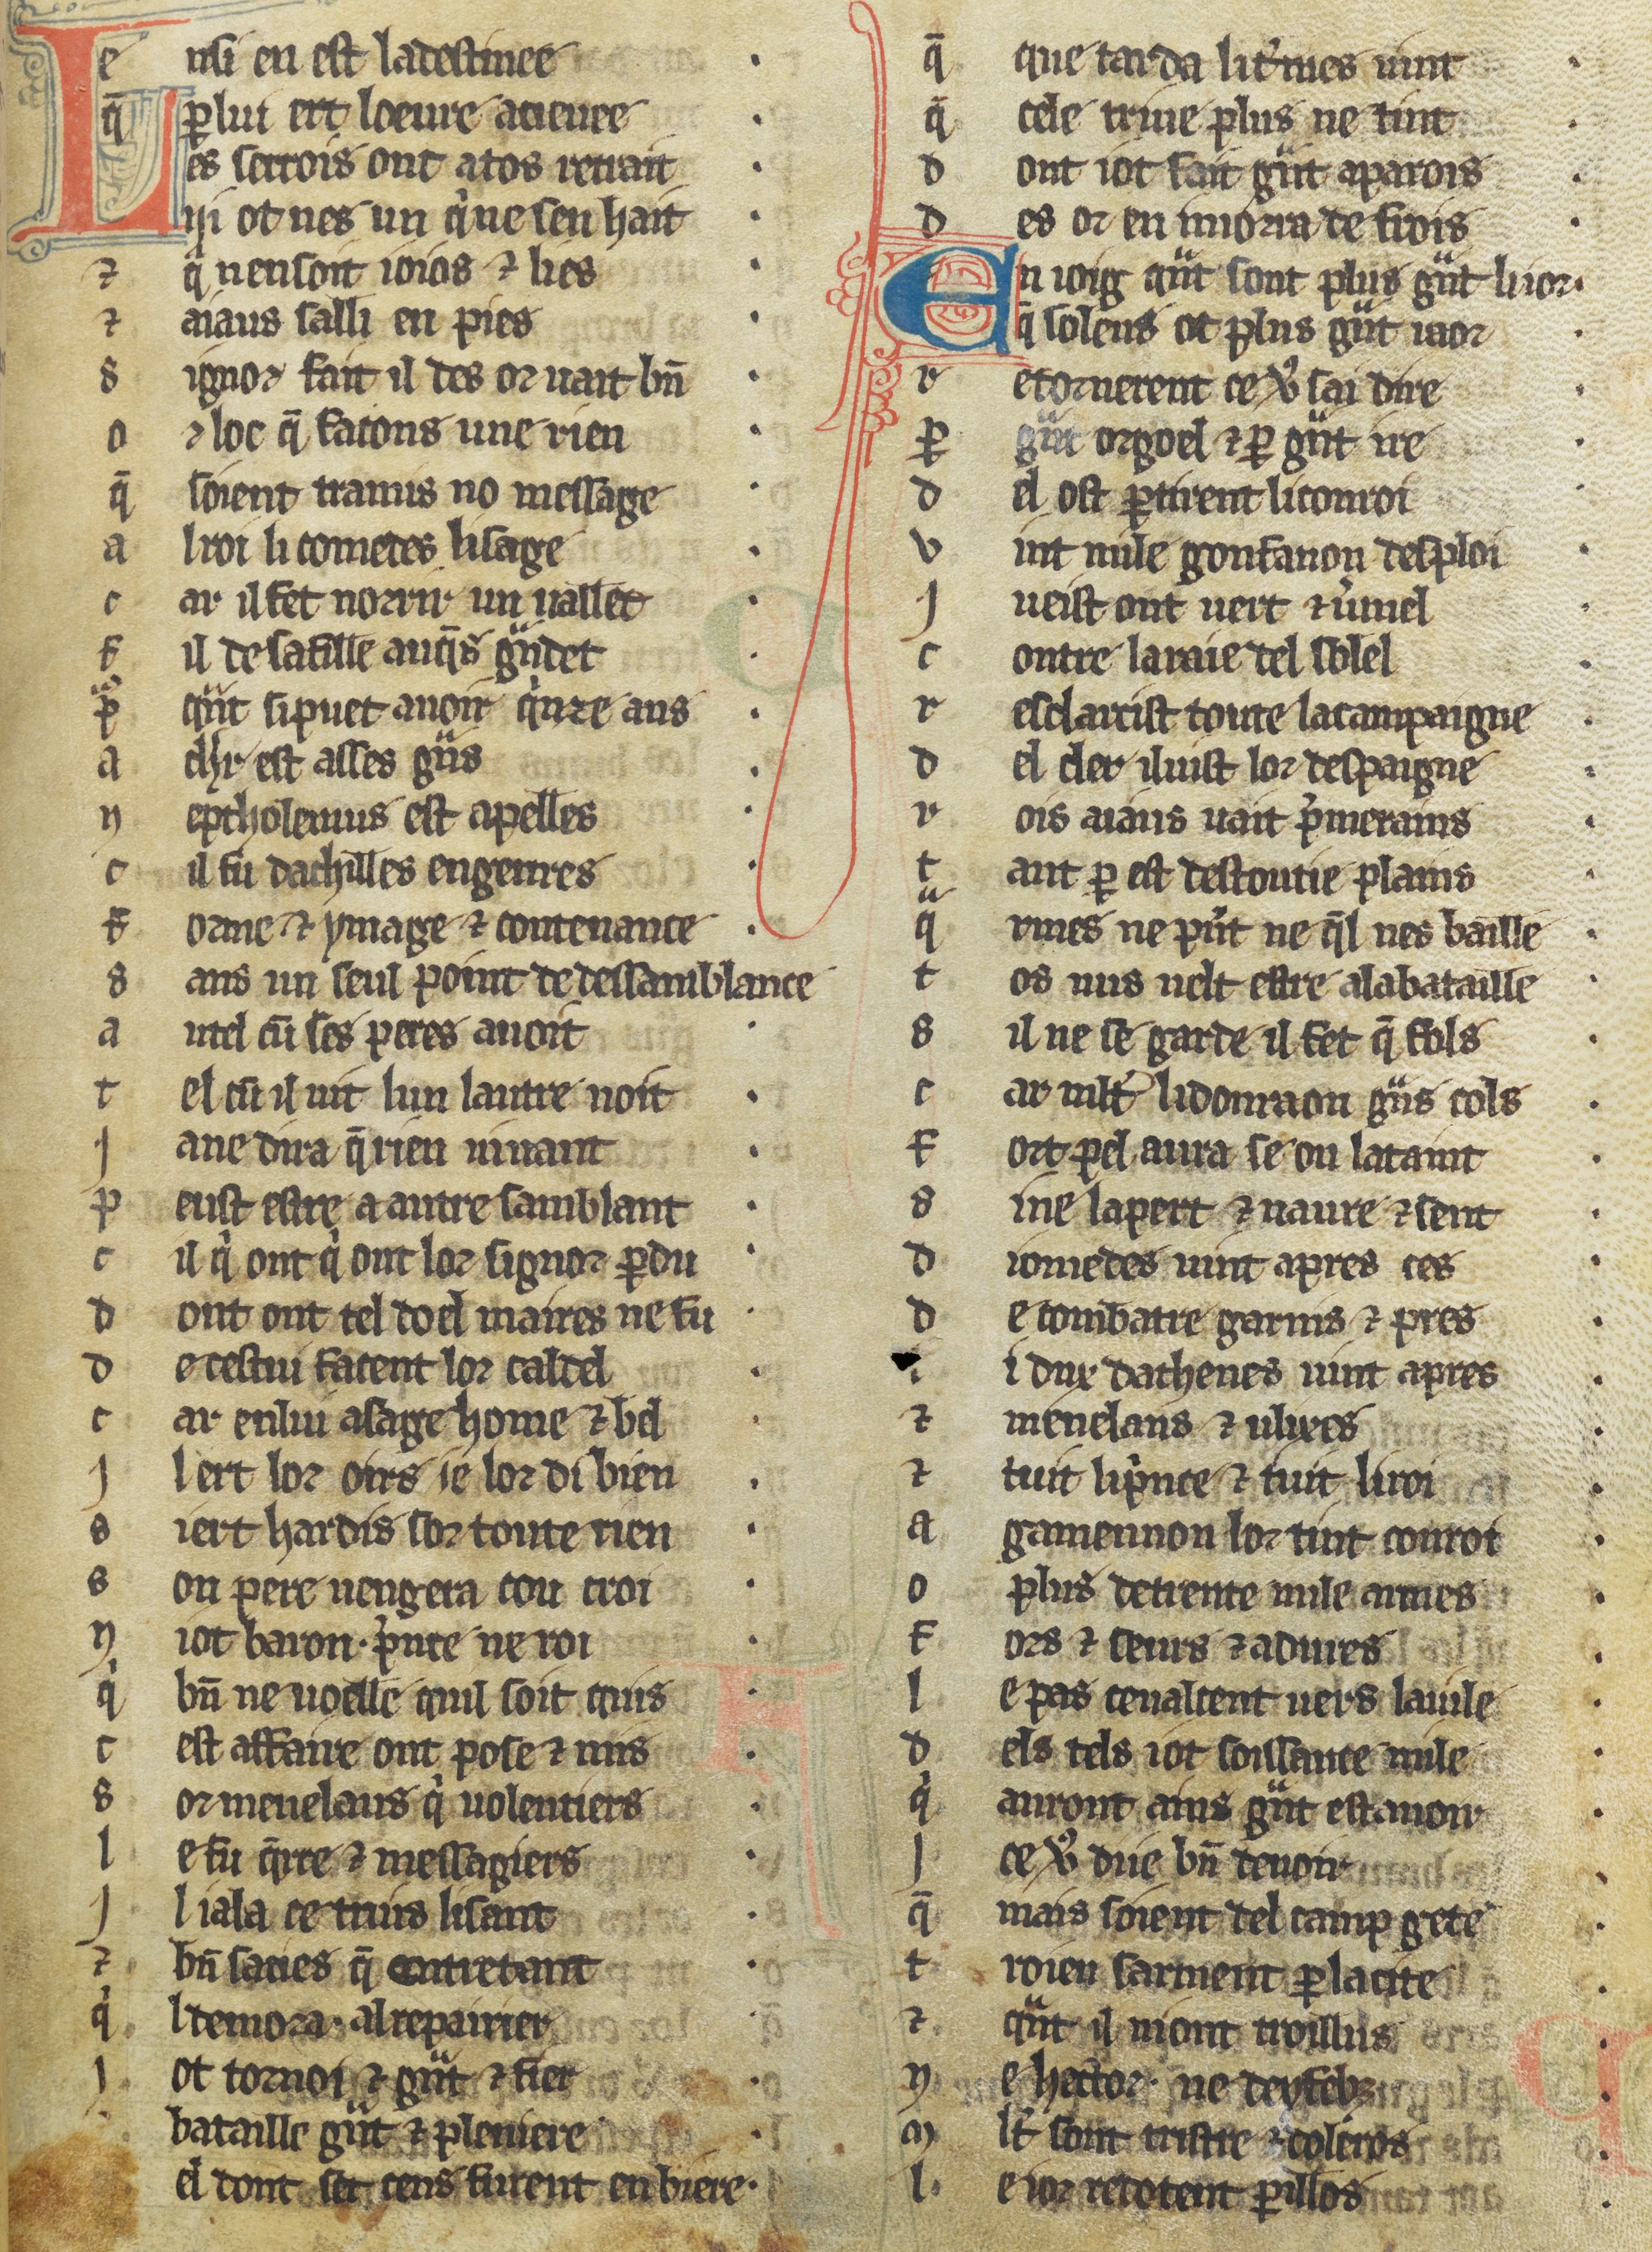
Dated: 1270–1299